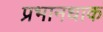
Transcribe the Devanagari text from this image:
प्रभानधाक